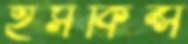
হসকিন্স